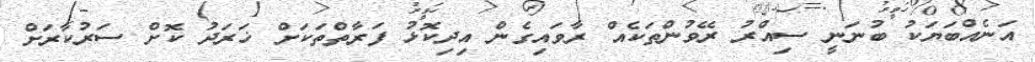
އަނެއްބަޔަކު ބުނަނީ ސިއްރު ރޭވުންތަކެއް ރާވައިގެން އިދިކޮޅު ފަރާތްތަކަށް ޚަރަދު ކޮށް ސަރުކާރަށް